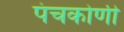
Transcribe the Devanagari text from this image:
पंचकोणी